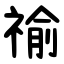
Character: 䄖